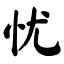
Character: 忧